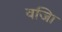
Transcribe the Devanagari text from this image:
वजिा